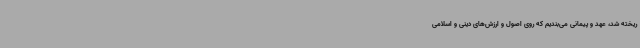
ریخته شد، عهد و پیمانی می‌بندیم که روی اصول و ارزش‌های دینی و اسلامی